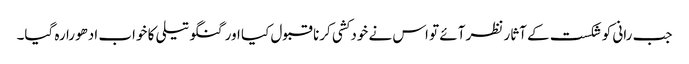
جب رانی کو شکست کے آثار نظر آئے تو اس نے خودکشی کرنا قبول کیا اور گنگو تیلی کا خواب ادھورا رہ گیا۔